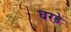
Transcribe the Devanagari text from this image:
घरड़े